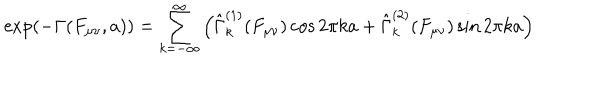
\exp \left( - \Gamma ( F _ { \mu \nu } , a ) \right) = \sum _ { k = - \infty } ^ { \infty } \left( \hat { \Gamma } _ { k } ^ { ( 1 ) } ( F _ { \mu \nu } ) \cos 2 \pi k a + \hat { \Gamma } _ { k } ^ { ( 2 ) } ( F _ { \mu \nu } ) \sin 2 \pi k a \right)